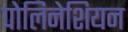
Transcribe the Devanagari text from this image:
पोलिनेशियन